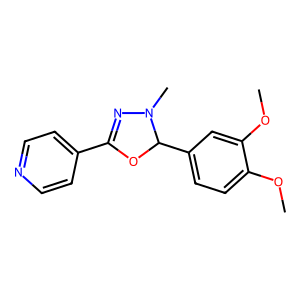
SMILES: COc1ccc(C2OC(c3ccncc3)=NN2C)cc1OC
Inhibits HIV replication: No